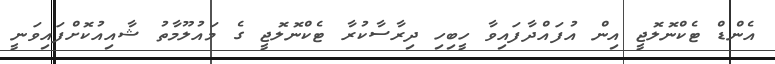
އެންޑް ޓެކްނޮލޮޖީ އިން އުފައްދާފައިވާ ހީބިހި ދިރާސާކުރާ ޓެކްނޮލޮޖީ ގެ މައުލޫމާތު ޝާއިއުކޮށްފައިވަނީ